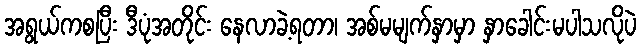
အရွယ်ကစပြီး ဒီပုံအတိုင်း နေလာခဲ့ရတာ၊ အစ်မမျက်နှာမှာ နှာခေါင်းမပါသလိုပဲ